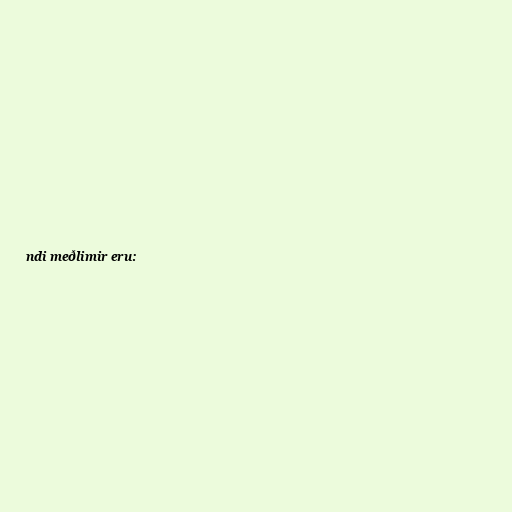
ndi meðlimir eru: